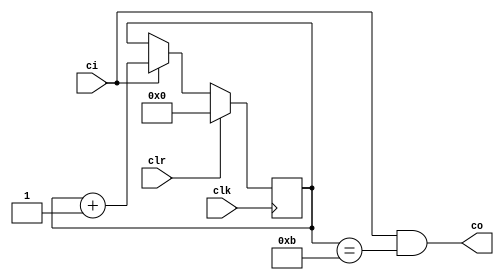
//==================================================================================================
//  Revision      : final
//
//  Description   : Timer
//
//
//==================================================================================================
module timer(clk,clr,ci,co);
	parameter N=12,CounterBits=4;
	input clk,clr,ci;
	output co;
	reg[CounterBits-1:0] temp=0;

	assign co=ci&&(temp==N-1);
	always @(posedge clk) begin
		if(clr) begin
			temp=0;
		end
		else begin
			if(ci) begin
				temp=temp+1;
			end
			else begin
				temp=temp;
			end
		end
	end

endmodule